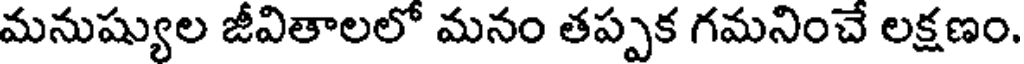
మనుష్యుల జీవితాలలో మనం తప్పక గమనించే లక్షణం.